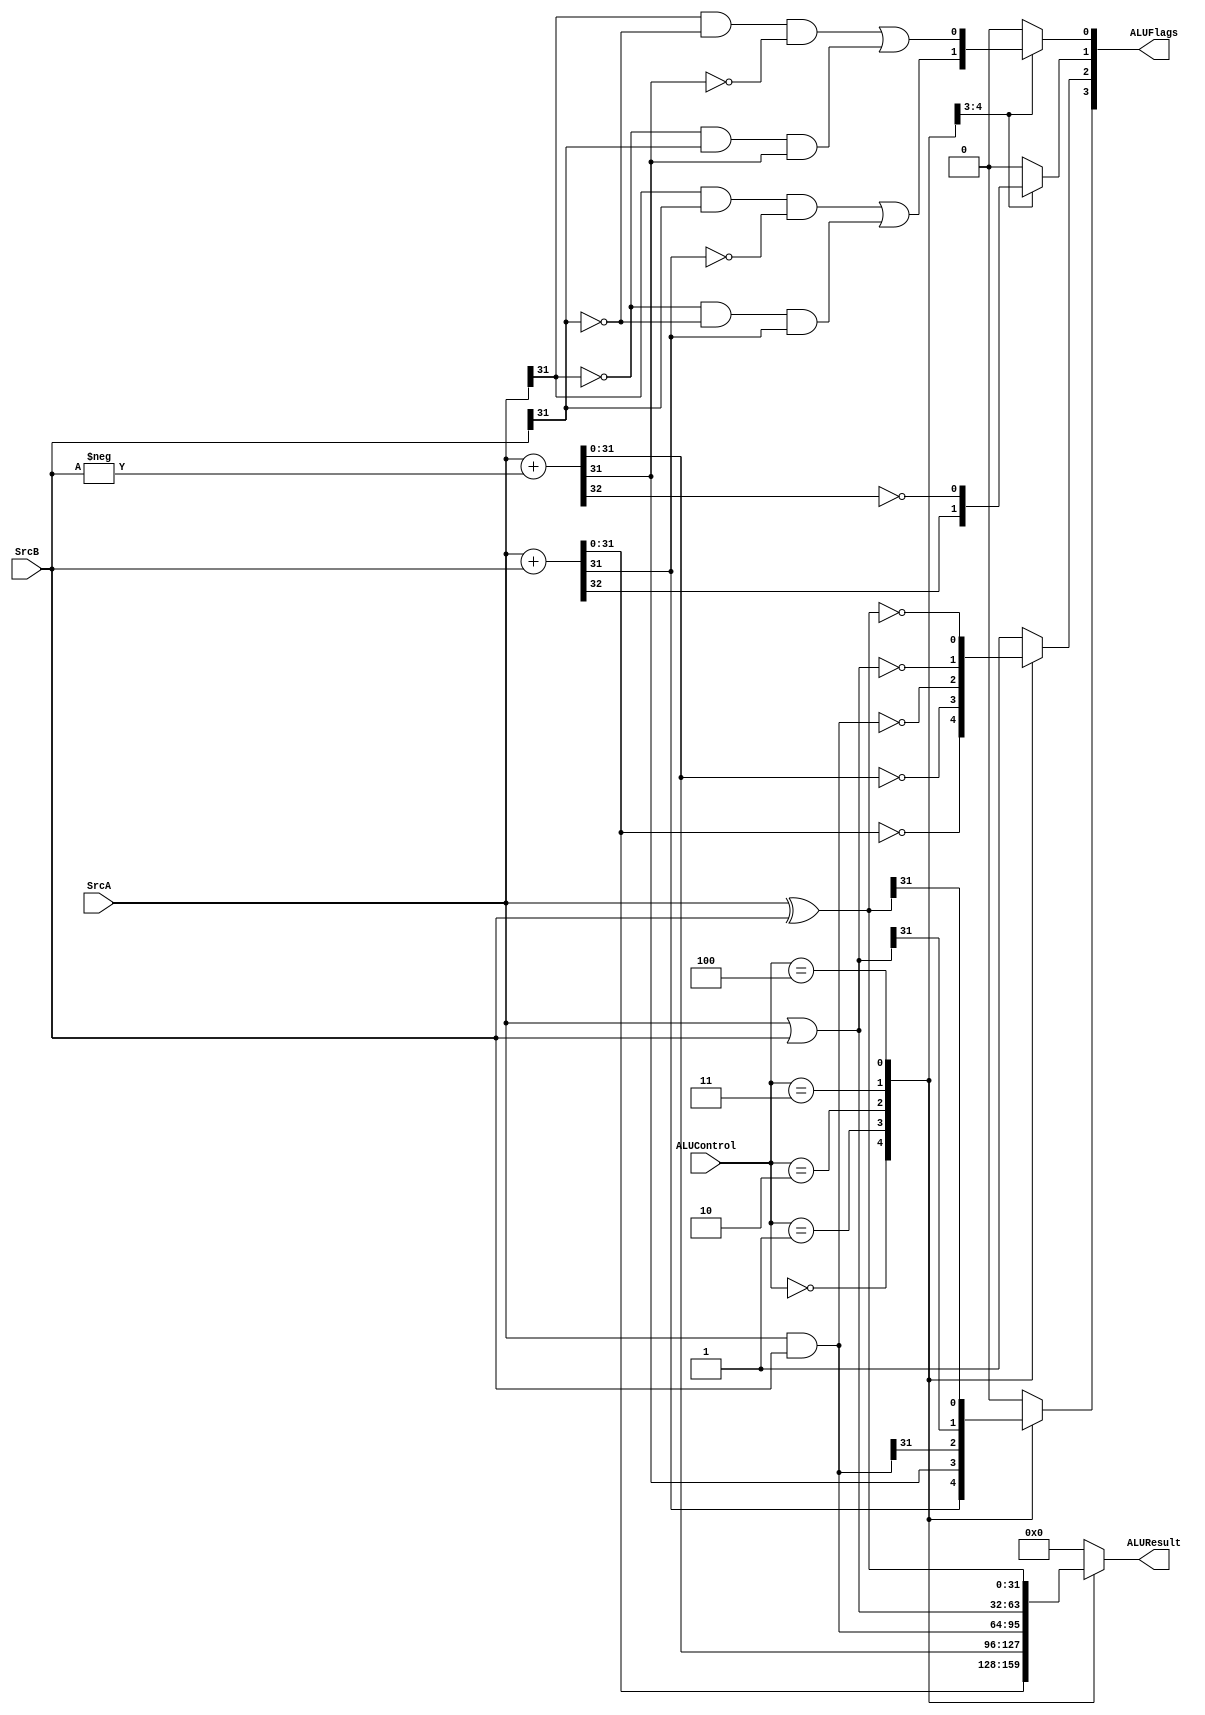
// alu.v
// ALU for simple ARM single-cycle implementation.
// "Digital Design and Computer Architecture ARM EDITION," S.L. Harris and D.M. Harris.
// EE 4490 adapted from code by Jerry C. Hamann

module alu(ALUResult,ALUFlags,ALUControl,SrcA,SrcB);
  output  [31:0]  ALUResult;
  output  [3:0]   ALUFlags;
  input   [2:0]   ALUControl;
  input   [31:0]  SrcA, SrcB;

  reg     [31:0]  ALUResult;
  reg             N,Z,C,V;

  always @(ALUControl,SrcA,SrcB)
    case(ALUControl)
      3'b000:  begin   {C,ALUResult}=SrcA+SrcB;        // ADD
                      Z=(ALUResult==32'b0);
                      N=ALUResult[31];
                      V=SrcA[31]&&SrcB[31]&&(!ALUResult[31])
                        ||(!SrcA[31])&&(!SrcB[31])&&ALUResult[31];
              end
      3'b001:  begin   {C,ALUResult}=SrcA+(-SrcB);     // SUB
                      C=!C;
                      Z=(ALUResult==32'b0);
                      N=ALUResult[31];
                      V=SrcA[31]&&(!SrcB[31])&&(!ALUResult[31])
                        ||(!SrcA[31])&&(SrcB[31])&&ALUResult[31];
              end
      3'b010:  begin   ALUResult=SrcA&SrcB;            // AND
                      Z=(ALUResult==32'b0);
                      N=ALUResult[31];
                      V=0;    // Don't care
                      C=0;    // Don't care
              end
      3'b011:  begin   ALUResult=SrcA|SrcB;            // OR (or ORR)
                      Z=(ALUResult==32'b0);
                      N=ALUResult[31];
                      V=0;    // Don't care
                      C=0;    // Don't care
              end
      3'b100:  begin   ALUResult=SrcA^SrcB;            // XOR (or EOR)
                      Z=(ALUResult==32'b0);
                      N=ALUResult[31];
                      V=0;    // Don't care
                      C=0;    // Don't care
              end
      default:  begin ALUResult=0; {N,Z,C,V}=4'b0100; end
    endcase

  assign ALUFlags = {N,Z,C,V};  // BEWARE:  Whether these are saved in controller depends on instruction.
endmodule